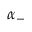
\alpha _ { - }